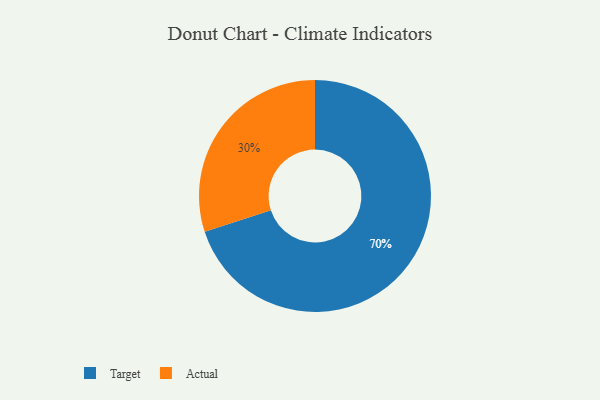
{"axis": {"x": "Category", "y": "Percentage"}, "legend": ["Actual", "Target"], "data": [{"x": "Actual", "y": 30, "type": "Actual"}, {"x": "Target", "y": 70, "type": "Target"}]}